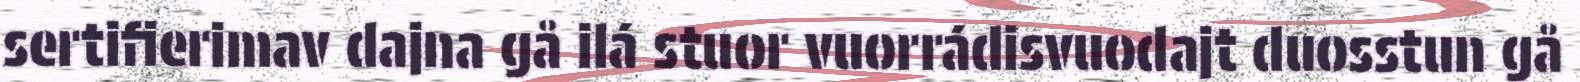
sertifierimav dajna gå ilá stuor vuorrádisvuodajt duosstun gå